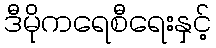
ဒီမိုကရေစီရေးနှင့်